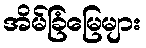
အိမ်ခြံမြေများ